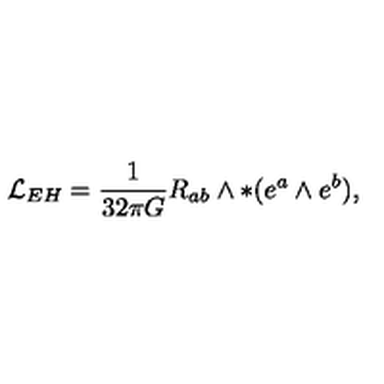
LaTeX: { \cal L } _ { E H } = \frac { 1 } { 3 2 \pi G } R _ { a b } \wedge \ast ( e ^ { a } \wedge e ^ { b } ) ,